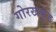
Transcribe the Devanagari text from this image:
गोरखकुंड